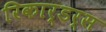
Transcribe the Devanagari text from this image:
रिकार्डर्स